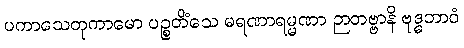
ပကာသေတုကာမော ပဉ္စတိံသေ မရဏာရမ္မဏာ ဉာတဗ္ဗာနိ ဗုဒ္ဓဘာဝံ